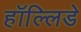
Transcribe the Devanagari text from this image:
हॉल्लिडे